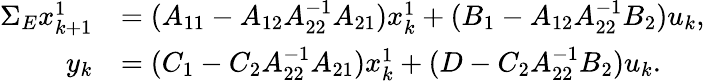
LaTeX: \begin{array}{rl}{\Sigma_{E}x_{k+1}^{1}}&{=(A_{11}-A_{12}A_{22}^{-1}A_{21})x_{k}^{1}+(B_{1}-A_{12}A_{22}^{-1}B_{2})u_{k},}\\ {y_{k}}&{=(C_{1}-C_{2}A_{22}^{-1}A_{21})x_{k}^{1}+(D-C_{2}A_{22}^{-1}B_{2})u_{k}.}\end{array}